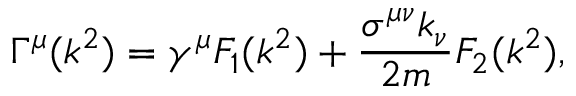
\Gamma ^ { \mu } ( k ^ { 2 } ) = \gamma ^ { \mu } F _ { 1 } ( k ^ { 2 } ) + { \frac { \sigma ^ { \mu \nu } k _ { \nu } } { 2 m } } F _ { 2 } ( k ^ { 2 } ) ,